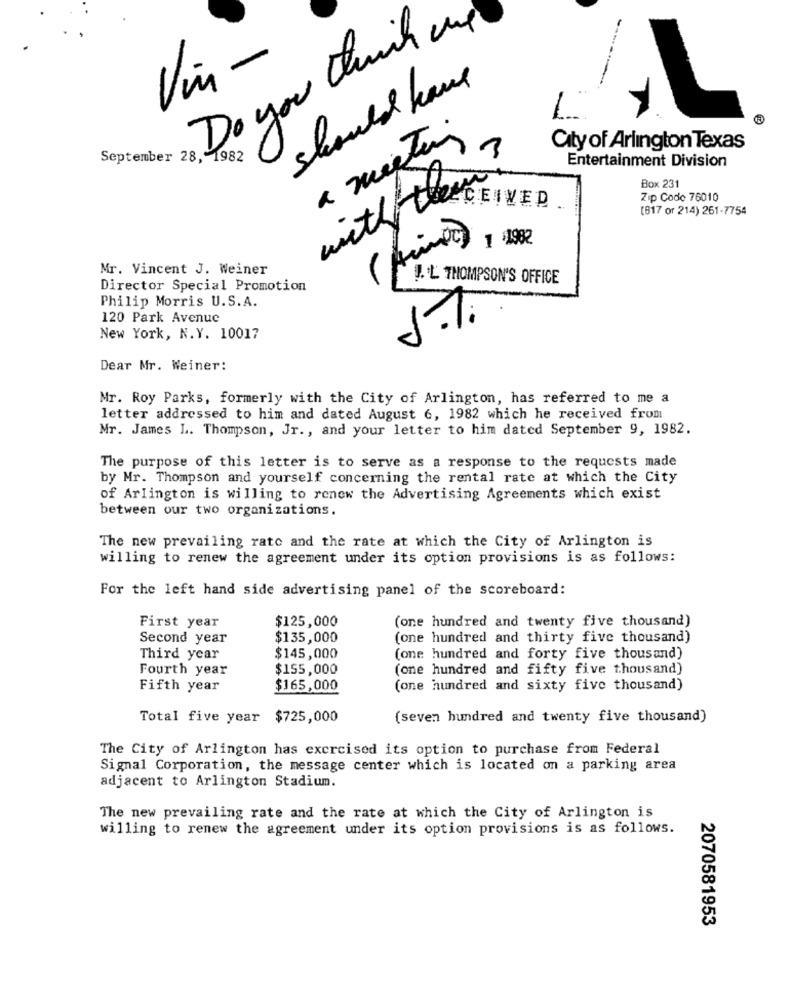
Do you think in
Vin -
should have
1
a meeting
3
City of Arlington Texas
September 28, 1982
Entertainment Division
Box 231
Zip Code 76010
(817 or 214) 261-7754
with theeCEIVED
1 1982
Mr. Vincent J. Weiner
J.L THOMPSON'S OFFICE
Director Special Promotion
Philip Morris U.S. A.
120 Park Avenue
A
New York, N.Y. 10017
Dear Mr. Weiner:
Mr. Roy Parks, formerly with the City of Arlington, has referred to me a
letter addressed to him and dated August 6, 1982 which he received from
Mr. James L. Thompson, Jr ., and your letter to him dated September 9, 1982.
The purpose of this letter is to serve as a response to the requests made
by Mr. Thompson and yourself concerning the rental rate at which the City
of Arlington is willing to renew the Advertising Agreements which exist
between our two organizations.
The new prevailing rate and the rate at which the City of Arlington is
willing to renew the agreement under its option provisions is as follows:
For the left hand side advertising panel of the scoreboard:
First year
$125,000
(one hundred and twenty five thousand)
Second year
$135,000
(one hundred and thirty five thousand)
Third year
$145,000
(one hundred and forty five thousand)
Fourth year
$155,000
(one hundred and fifty five thousand)
Fifth year
$165,000
(one hundred and sixty five thousand)
Total five year $725,000
(seven hundred and twenty five thousand)
The City of Arlington has exercised its option to purchase from Federal
Signal Corporation, the message center which is located on a parking area
adjacent to Arlington Stadium.
The new prevailing rate and the rate at which the City of Arlington is
willing to renew the agreement under its option provisions is as follows.
2070581953